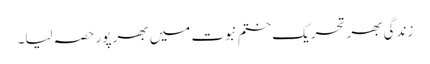
زندگی بھر تحریک ختم نبوت میں بھر پور حصہ لیا۔